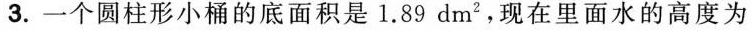
3.一个圆柱形小桶的底面积是1.89dm^{2}，现在里面水的高度为